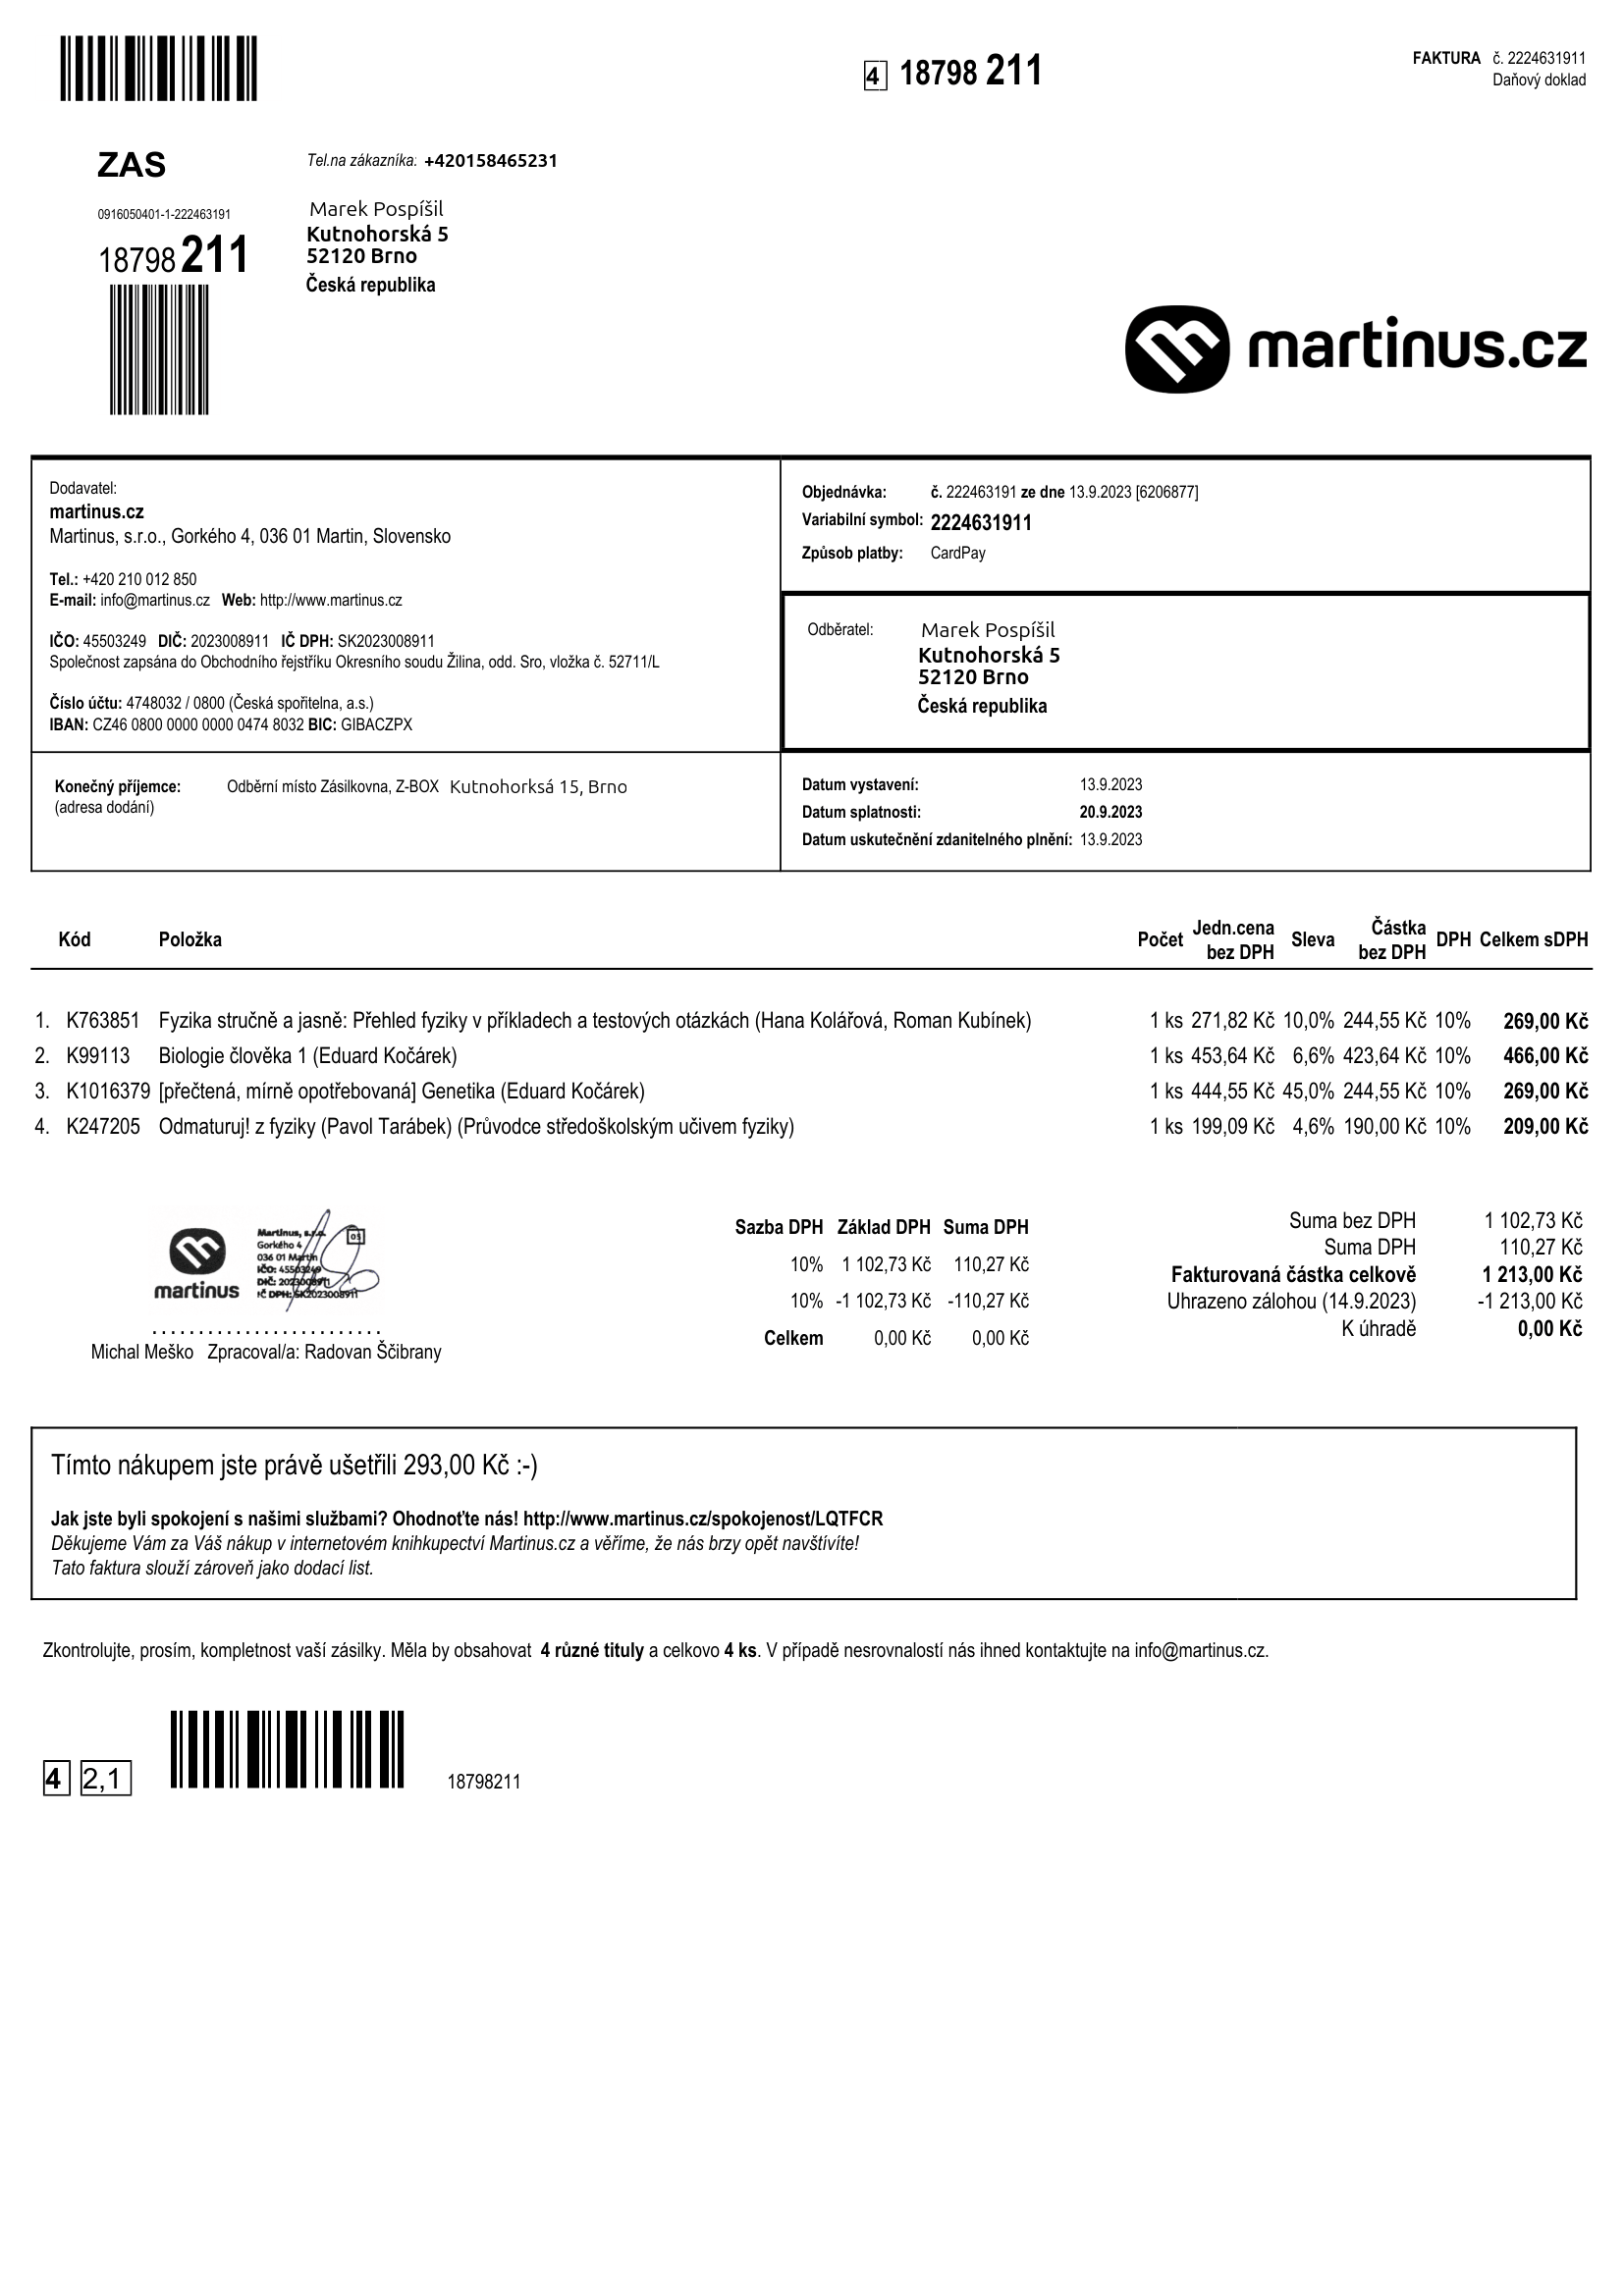
invoice_number: 2224631911
supp_register_id: 45503249
supp_tax_id: SK2023008911
issue_date: 13.9.2023
taxable_supply_date: 13.9.2023
due_date: 20.9.2023
payment_type: CardPay
bank_account_number: 4748032/0800
iban: CZ4608000000000004748032
bic: GIBACZPX
variable_symbol: 222631911
total: 1213,00